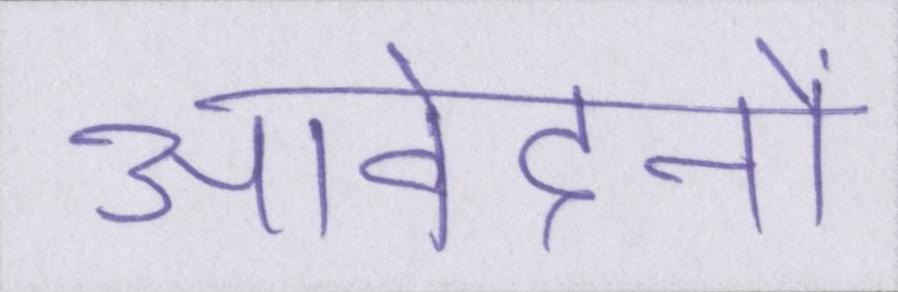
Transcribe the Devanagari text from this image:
आवेदनों